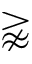
\gnapprox